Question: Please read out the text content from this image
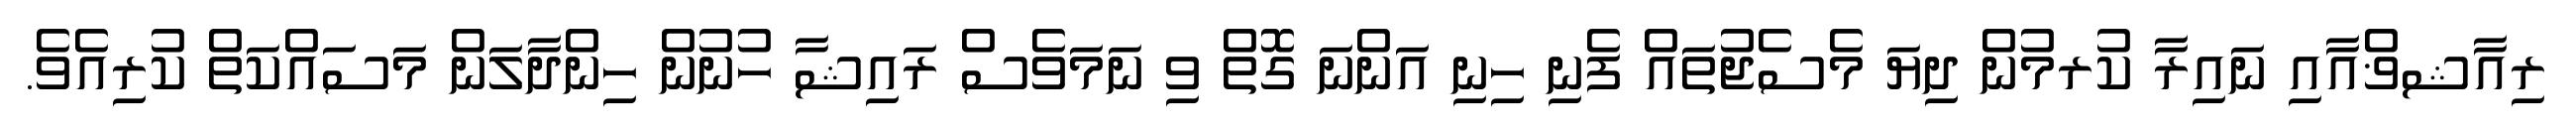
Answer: ރިއާޝޥްއާއި ނައިރާ ކުރމުން ދިޔަ މެސެޖުތައް ފެނި ހިނި އަންނަ ގޮތް ވި ނަމަވެސް ރައިޝާ ހުނުން ހިންދާލަން މަސައްކަތް ކުރިއެވެ.